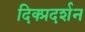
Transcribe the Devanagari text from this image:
दिक्प्रदर्शन